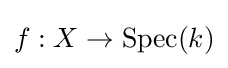
f:X\rightarrow \operatorname {Spec} (k)